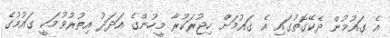
އެ ގައުމުން ދެކޭގޮތުގައި އެ ގައުމަށް ހިޖުރަކުރާ މީހުންގެ އަދަދު އިތުރުވުމަކީ ގައުމުގެ